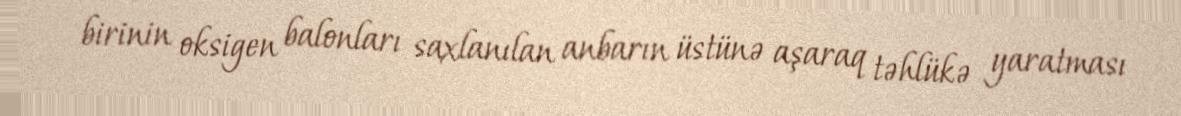
birinin oksigen balonları saxlanılan anbarın üstünə aşaraq təhlükə yaratması